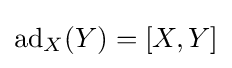
\operatorname {ad} _{X}(Y)=[X,Y]